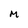
Character: M